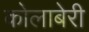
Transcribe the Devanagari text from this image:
कोलाबेरी